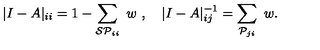
| I - A | _ { i i } = 1 - \sum _ { { \cal S P } _ { i i } } \ w \ , \quad | I - A | _ { i j } ^ { - 1 } = \sum _ { { \cal P } _ { j i } } \ w .